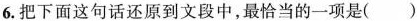
6.把下面这句话还原到文段中，最恰当的一项是()